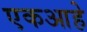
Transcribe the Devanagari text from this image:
एकआहे